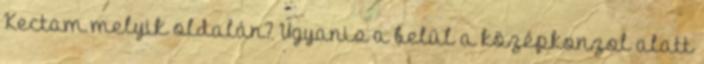
Kectam melyik oldalán? Ugyanis a belül a középkonzol alatt